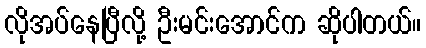
လိုအပ်နေပြီလို့ ဦးမင်းအောင်က ဆိုပါတယ်။